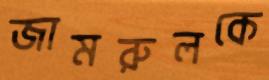
জামরুলকে